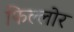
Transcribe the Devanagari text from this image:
फिल्लोर